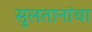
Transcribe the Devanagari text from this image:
सुलतानांचा